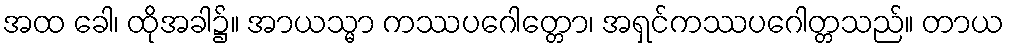
အထ ခေါ၊ ထိုအခါ၌။ အာယသ္မာ ကဿပဂေါတ္တော၊ အရှင်ကဿပဂေါတ္တသည်။ တာယ